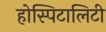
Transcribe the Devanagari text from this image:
होस्पिटालिटी